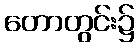
တောတွင်း၌